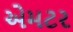
એમટર